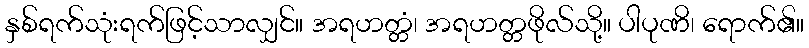
နှစ်ရက်သုံးရက်ဖြင့်သာလျှင်။ အရဟတ္တံ၊ အရဟတ္တဖိုလ်သို့။ ပါပုဏိ၊ ရောက်၏။